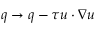
q \to q - \tau u \cdot \nabla u